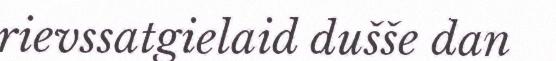
rievssatgielaid dušše dan